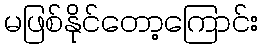
မဖြစ်နိုင်တော့ကြောင်း